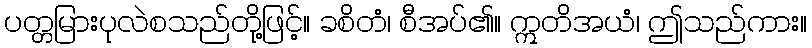
ပတ္တမြားပုလဲစသည်တို့ဖြင့်။ ခစိတံ၊ စီအပ်၏။ ဣတိအယံ၊ ဤသည်ကား။